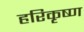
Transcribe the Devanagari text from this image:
हरिकृष्‍ण